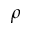
\rho